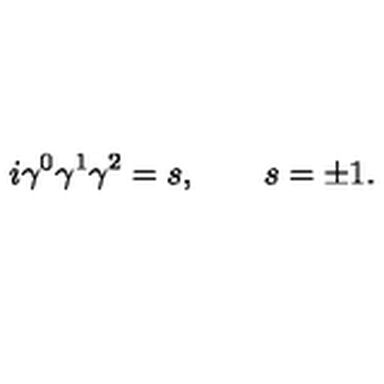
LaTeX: i \gamma ^ { 0 } \gamma ^ { 1 } \gamma ^ { 2 } = s , \qquad s = \pm 1 .